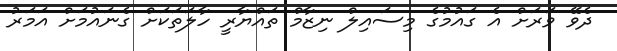
ދެވޭ ވަރަށް އެ ގައުމުގެ މިސައިލް ނިޒާމް ތައްޔާރީ ހާލަތަކަށް ގެނައުމަށް އަމަރު